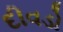
દીવડો